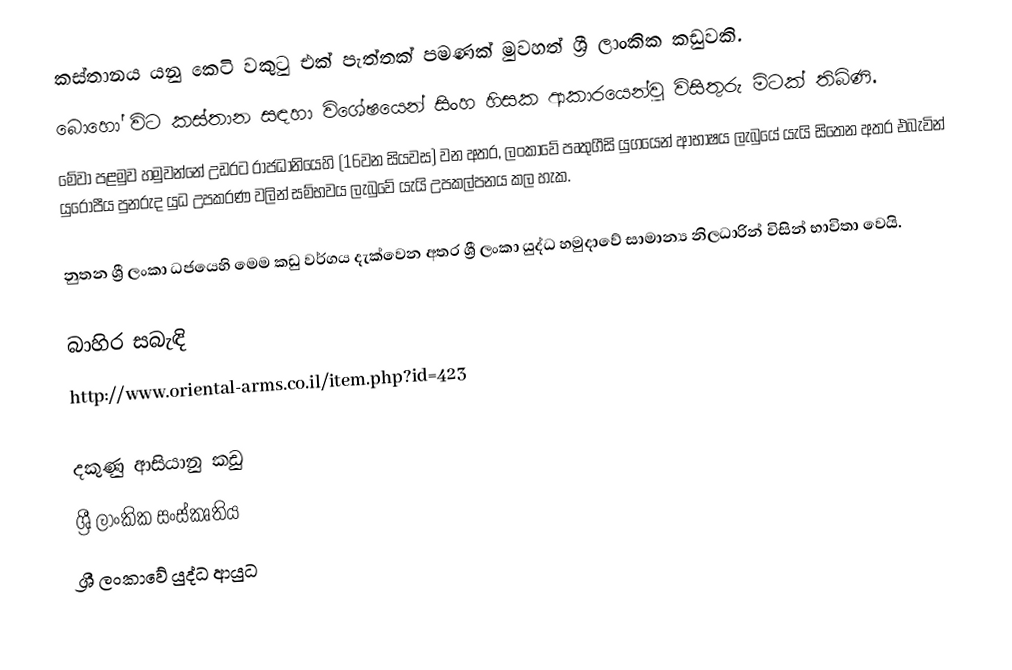
කස්තානය යනු කෙටි වකුටු එක් පැත්තක් පමණක් මුවහත් ශ්‍රී ලාංකික කඩුවකි.
බොහෝ විට කස්තාන සඳහා විශේෂයෙන් සිංහ හිසක ආකාරයෙන්වූ විසිතුරු මිටක් තිබිණි.
‍මේවා පළමුව හමුවන්නේ උඩරට රාජධානියෙහි (16වන සියවස) වන අතර, ලංකාවේ පෘතුගීසි යුගයෙන් ආභාෂය ලැබුයේ යැයි සිතෙන අතර එබැවින් යුරෝපීය පුනරුද යුධ උපකරණ වලින් සම්භවය ලැබුවේ යැයි උපකල්පනය කල හැක.

නුතන ශ්‍රී ලංකා ධජයෙහි මෙම කඩු වර්ගය දැක්වෙන අතර  ශ්‍රී ලංකා යුද්ධ හමුදාවේ සාමාන්‍ය නිලධාරින් විසින් භාවිතා වෙයි.

බාහිර සබැඳි
http://www.oriental-arms.co.il/item.php?id=423

දකුණු ආසියානු කඩු
ශ්‍රී ලාංකික සංස්කෘතිය
ශ්‍රී ලංකාවේ යුද්ධ ආයුධ